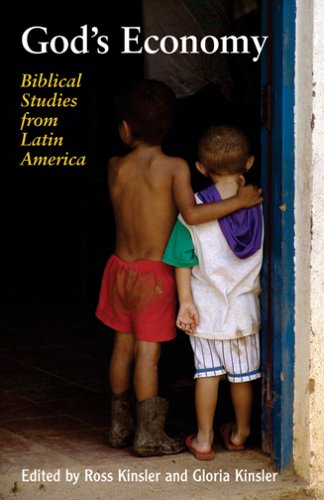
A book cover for God's Economy: Biblical Studies From Latin America; Christian Books & Bibles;